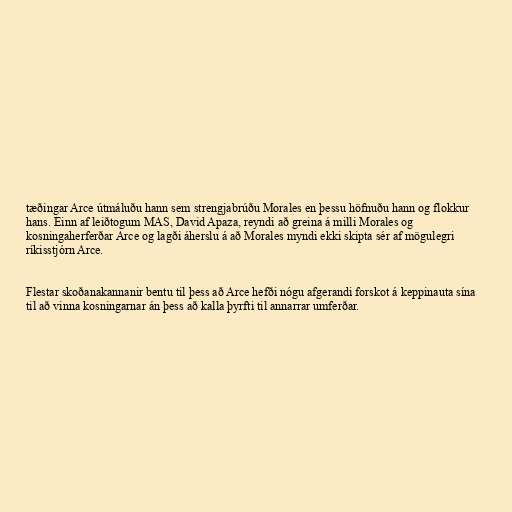
tæðingar Arce útmáluðu hann sem strengjabrúðu Morales en þessu höfnuðu hann og flokkur
hans. Einn af leiðtogum MAS, David Apaza, reyndi að greina á milli Morales og
kosningaherferðar Arce og lagði áherslu á að Morales myndi ekki skipta sér af mögulegri
ríkisstjórn Arce.

Flestar skoðanakannanir bentu til þess að Arce hefði nógu afgerandi forskot á keppinauta sína
til að vinna kosningarnar án þess að kalla þyrfti til annarrar umferðar.